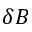
\delta B